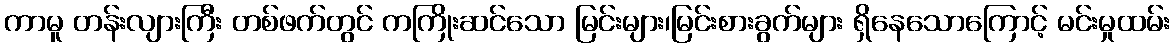
ကာမူ တန်းလျားကြီး တစ်ဖက်တွင် ကကြိုးဆင်သော မြင်းများ၊မြင်းစားခွက်များ ရှိနေသောကြောင့် မင်းမှုထမ်း